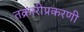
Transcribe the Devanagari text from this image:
तक्रारीप्रकरणी